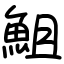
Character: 䱉